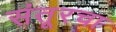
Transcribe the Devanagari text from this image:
संतूरचा